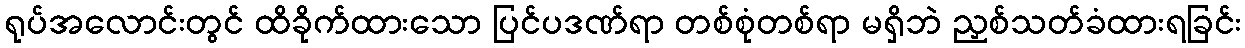
ရုပ်အလောင်းတွင် ထိခိုက်ထားသော ပြင်ပဒဏ်ရာ တစ်စုံတစ်ရာ မရှိဘဲ ညှစ်သတ်ခံထားရခြင်း